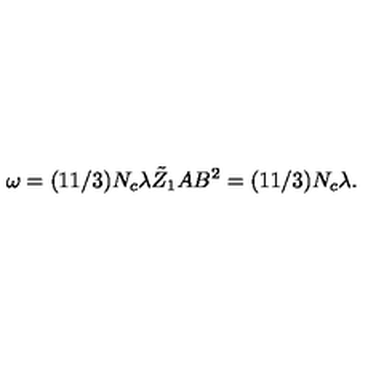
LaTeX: \omega = ( 1 1 / 3 ) N _ { c } \lambda \tilde { Z } _ { 1 } A B ^ { 2 } = ( 1 1 / 3 ) N _ { c } \lambda .